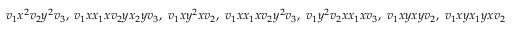
\begin{array} { r } { v _ { 1 } x ^ { 2 } v _ { 2 } y ^ { 2 } v _ { 3 } , \; v _ { 1 } x x _ { 1 } x v _ { 2 } y x _ { 2 } y v _ { 3 } , \; v _ { 1 } x y ^ { 2 } x v _ { 2 } , \; v _ { 1 } x x _ { 1 } x v _ { 2 } y ^ { 2 } v _ { 3 } , \; v _ { 1 } y ^ { 2 } v _ { 2 } x x _ { 1 } x v _ { 3 } , \; v _ { 1 } x y x y v _ { 2 } , \; v _ { 1 } x y x _ { 1 } y x v _ { 2 } } \end{array}